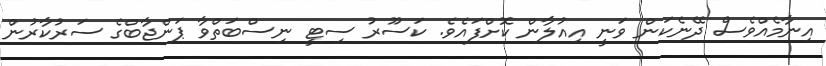
އިނާމެއްވެސް ދޭނެކަން ވަނީ އިއުލާން ކޮށްފައެވެ. ކަސޫރު ސިޓީ ނިސްބަތްވާ ޕަންޖާބްގެ ސަރުކާރުން